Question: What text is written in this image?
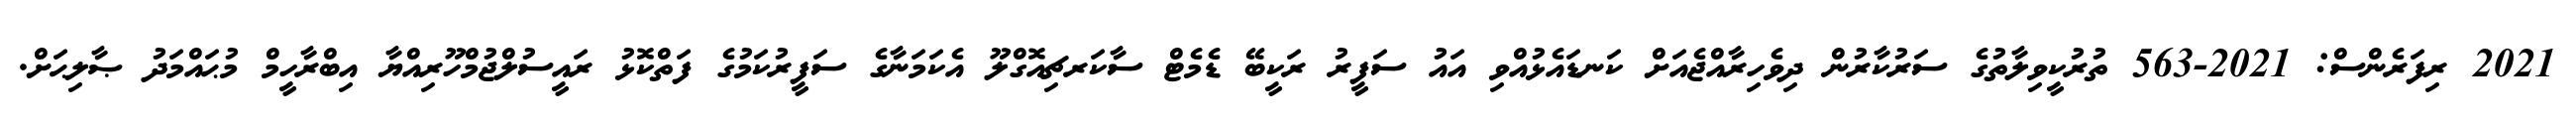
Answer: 2021 ރިފަރެންސް: 2021-563 ތުރުކީވިލާތުގެ ސަރުކާރުން ދިވެހިރާއްޖެއަށް ކަނޑައެޅުއްވި އައު ސަފީރު ރަކީބޭ ޑެމެޓް ސާކަރޗިއޮގްލޫ އެކަމަނާގެ ސަފީރުކަމުގެ ފަތްކޮޅު ރައީސުލްޖުމްހޫރިއްޔާ އިބްރާހީމް މުޙައްމަދު ޞާލިޙަށް.